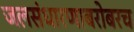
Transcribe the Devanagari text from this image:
जलसंधारणाबरोबरच